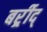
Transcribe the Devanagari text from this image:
बर्र्र्रीद्